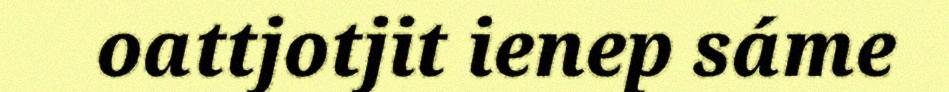
oattjotjit ienep sáme